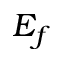
E _ { f }